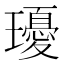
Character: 瓇